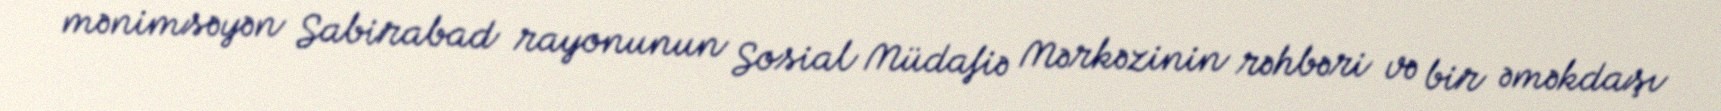
mənimsəyən Sabirabad rayonunun Sosial Müdafiə Mərkəzinin rəhbəri və bir əməkdaşı